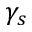
\gamma _ { s }